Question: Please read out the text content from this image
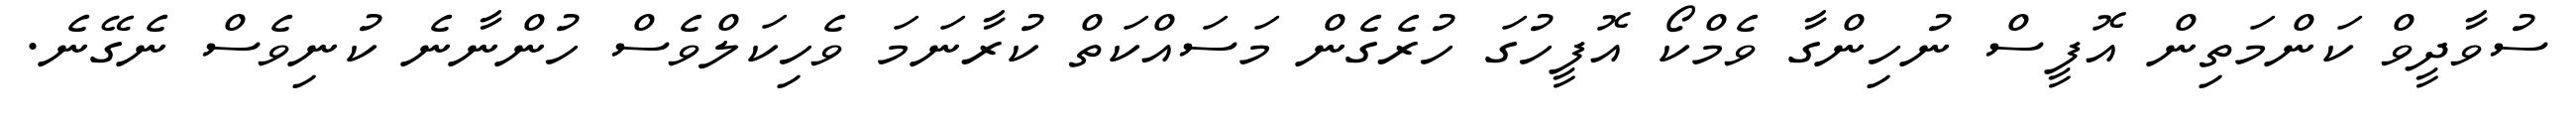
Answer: ސުވާދީވް ކަންމަތިން އޮފީސް ނުހިންގާ ވެމްކޯ އޮފީހުގަ ހުރެގެން މަސައްކަތް ކުރާނަމަ ވެހިކަލްވެސް ހުންނާނެ ކުނިވެސް ނެގޭނެ.